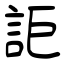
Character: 詎